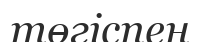
төгіспен